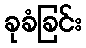
ခုခံခြင်း